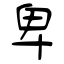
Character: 卑